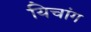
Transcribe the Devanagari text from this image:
यिचांग